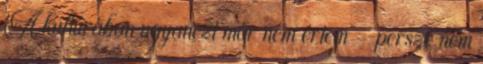
A kultúrában ugyanezt már nem értem – persze nem